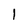
Character: 1